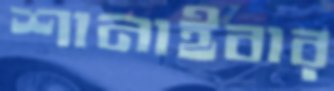
শানাইবার